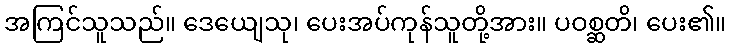
အကြင်သူသည်။ ဒေယျေသု၊ ပေးအပ်ကုန်သူတို့အား။ ပဝစ္ဆတိ၊ ပေး၏။